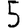
Digit: 5